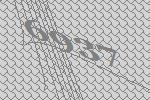
6937